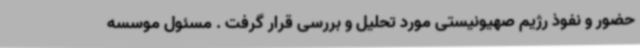
حضور و نفوذ رژیم صهیونیستی مورد تحلیل و بررسی قرار گرفت . مسئول موسسه